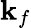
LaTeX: \mathbf{k}_{f}